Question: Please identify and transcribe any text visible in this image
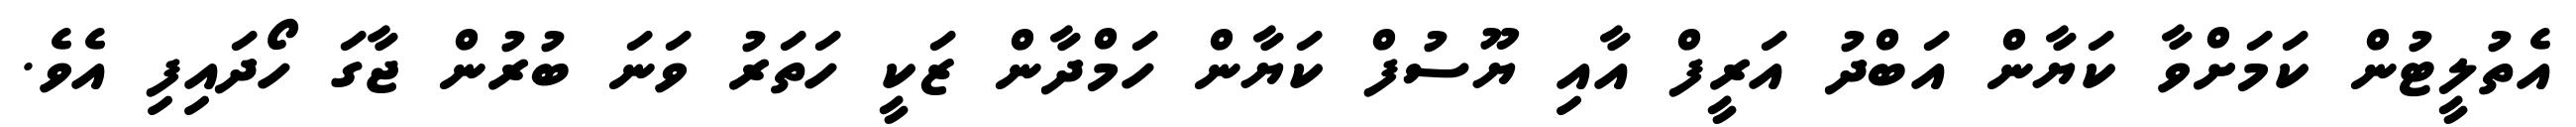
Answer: އެތުލީޓުން ކަމަށްވާ ކަޔާން އަބްދު އަރީފް އާއި ޔޫސުފް ކަޔާން ހަމްދާން ޒަކީ ހަތަރު ވަނަ ބުރުން ޖާގަ ހޯދައިފި އެވެ.